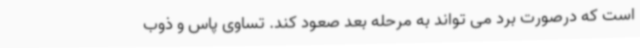
است که درصورت برد می تواند به مرحله بعد صعود کند. تساوی پاس و ذوب